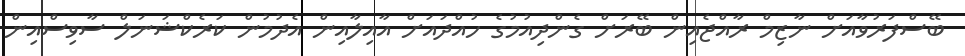
ބޭސްފަރުވާއަށް ނާޒިމް ރާއްޖެއިން ބޭރަށް ގެންދިއުމުގެ ހުއްދައަށް އާއިލާއިން އެދުމުން ކަރެކްޝަނަލް ސާވިސްއިން